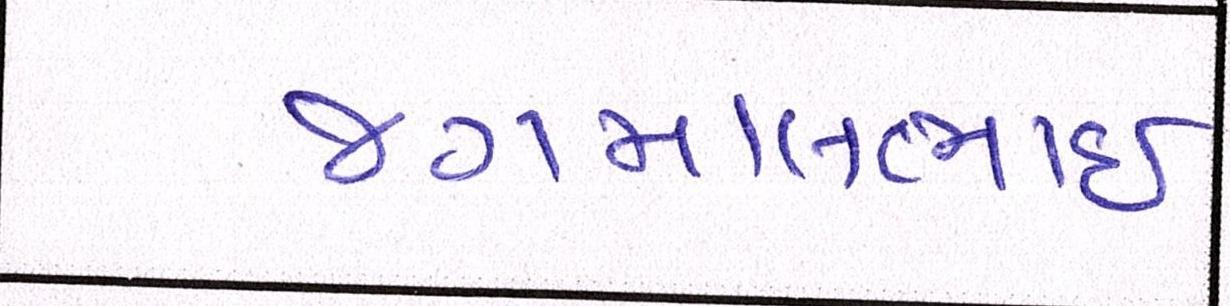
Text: જગમાલભાઇ